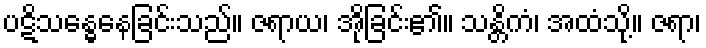
ပဋိသန္ဓေနေခြင်းသည်။ ဇရာယ၊ အိုခြင်း၏။ သန္တိကံ၊ အထံသို့။ ဇရာ၊